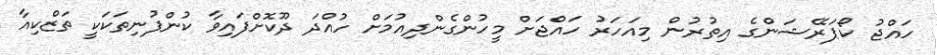
ހައްޖު ކޯޕަރޭޝަންގެ އިތުރުން މިއަހަރު ހައްޖަށް މީހުންގެންދިއުމަށް ހުއްދަ ދޫކޮށްފައިވާ ކުންފުނިތަކަަކީ ތަޒްކިއާ